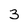
Character: 3